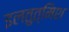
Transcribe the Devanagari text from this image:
इलतुत्मिश